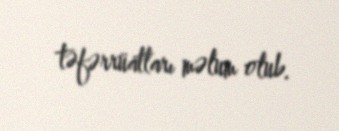
təfərrüatları məlum olub.